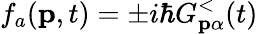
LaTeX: f_{a}(\textbf{p},t)=\pm i\hbar G_{\mathbf{p}\alpha}^{<}(t)